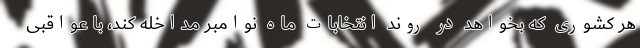
هر کشوری که بخواهد در روند انتخابات ماه نوامبر مداخله کند، با عواقبی